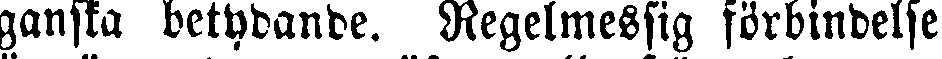
ganska betydande. Regelmessig förbindelse